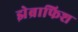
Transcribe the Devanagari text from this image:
झेब्राफिश